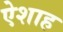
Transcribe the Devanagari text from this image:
ऐशाह